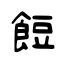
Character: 餖